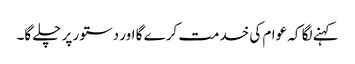
کہنے لگا کہ عوام کی خدمت کرے گا اور دستور پر چلے گا۔